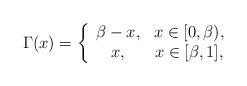
LaTeX: \begin{align*}\Gamma(x)=\left\{\begin{array}{cc}\beta-x,& x\in[0,\beta),\\x,&x\in[\beta,1],\end{array}\right.\end{align*}